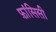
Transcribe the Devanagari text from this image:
फ़ांसिसी